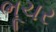
ભૂચર